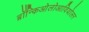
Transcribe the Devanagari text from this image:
ब्रॉन्किओलोआवियोलर